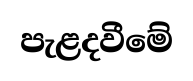
පැළදවීමේ